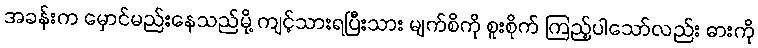
အခန်းက မှောင်မည်းနေသည်မို့ ကျင့်သားရပြီးသား မျက်စိကို စူးစိုက် ကြည့်ပါသော်လည်း ဓားကို